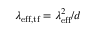
\lambda _ { \mathrm { e f f , t f } } = \lambda _ { \mathrm { e f f } } ^ { 2 } / d